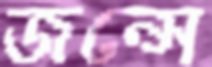
জন্সে